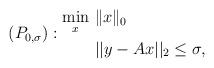
LaTeX: \begin{align*}(P_{0,\sigma}):\begin{aligned}\min_{x}&~\|x\|_0\\ &~||y-{A}x||_2\leq\sigma,\end{aligned}\end{align*}